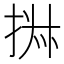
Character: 𰓹